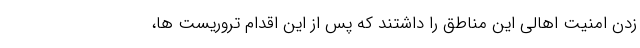
زدن امنیت اهالی این مناطق را داشتند که پس از این اقدام تروریست ها،